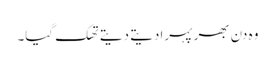
وہ دن بھر پہرا دیتے دیتے تھک گیا۔